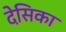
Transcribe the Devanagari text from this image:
देसिका